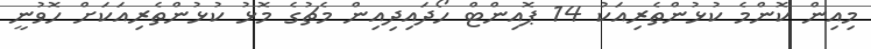
މިއިން ކޮންމެ ކުޅުންތެރިއަކު 14 ޕޮއިންޓް ހޯދައިދިއިން މެޗުގެ މޮޅު ކުޅުންތެރިއަކަށް ހޮވުނީ